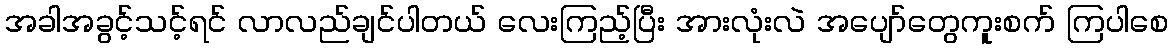
အခါအခွင့်သင့်ရင် လာလည်ချင်ပါတယ် လေးကြည့်ပြီး အားလုံးလဲ အပျော်တွေကူးစက် ကြပါစေ